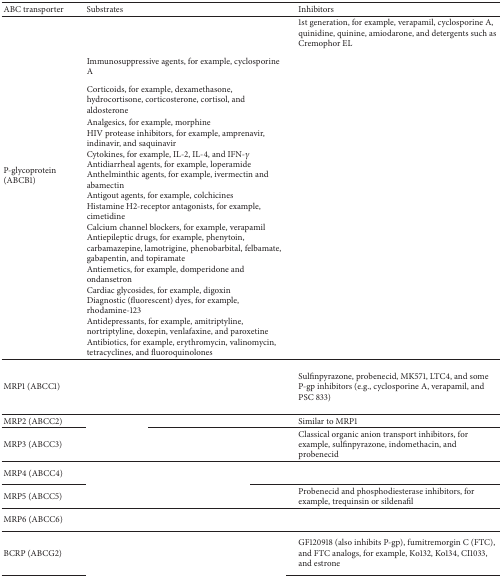
<table><thead><tr><td><b>ABC transporter</b></td><td><b>Substrates</b></td><td><b>Inhibitors</b></td></tr></thead><tbody><tr><td rowspan="4">P-glycoprotein (ABCB1)</td><td>[EMPTY_CELL]</td><td>1st generation, for example, verapamil, cyclosporine A, quinidine, quinine, amiodarone, and detergents such as Cremophor EL </td></tr><tr><td>Immunosuppressive agents, for example, cyclosporine A </td><td>[EMPTY_CELL]</td></tr><tr><td>Corticoids, for example, dexamethasone, hydrocortisone, corticosterone, cortisol, and aldosterone</td><td>[EMPTY_CELL]</td></tr><tr><td>Analgesics, for example, morphine HIV protease inhibitors, for example, amprenavir, indinavir, and saquinavirCytokines, for example, IL-2, IL-4, and IFN-<i>γ</i>Antidiarrheal agents, for example, loperamide Anthelminthic agents, for example, ivermectin and abamectin Antigout agents, for example, colchicines Histamine H2-receptor antagonists, for example, cimetidine Calcium channel blockers, for example, verapamil Antiepileptic drugs, for example, phenytoin, carbamazepine, lamotrigine, phenobarbital, felbamate, gabapentin, and topiramate Antiemetics, for example, domperidone and ondansetron Cardiac glycosides, for example, digoxin Diagnostic (fluorescent) dyes, for example, rhodamine-123 Antidepressants, for example, amitriptyline, nortriptyline, doxepin, venlafaxine, and paroxetine Antibiotics, for example, erythromycin, valinomycin, tetracyclines, and fluoroquinolones </td><td>[EMPTY_CELL]</td></tr><tr><td>MRP1 (ABCC1)</td><td>[EMPTY_CELL]</td><td>Sulfinpyrazone, probenecid, MK571, LTC4, and some P-gp inhibitors (e.g., cyclosporine A, verapamil, and PSC 833)</td></tr><tr><td>MRP2 (ABCC2)</td><td>[EMPTY_CELL]</td><td>Similar to MRP1 </td></tr><tr><td>MRP3 (ABCC3)</td><td>[EMPTY_CELL]</td><td>Classical organic anion transport inhibitors, for example, sulfinpyrazone, indomethacin, and probenecid</td></tr><tr><td>MRP4 (ABCC4)</td><td>[EMPTY_CELL]</td><td>[EMPTY_CELL]</td></tr><tr><td>MRP5 (ABCC5)</td><td>[EMPTY_CELL]</td><td>Probenecid and phosphodiesterase inhibitors, for example, trequinsin or sildenafil</td></tr><tr><td>MRP6 (ABCC6)</td><td>[EMPTY_CELL]</td><td>[EMPTY_CELL]</td></tr><tr><td>BCRP (ABCG2)</td><td>[EMPTY_CELL]</td><td>GF120918 (also inhibits P-gp), fumitremorgin C (FTC), and FTC analogs, for example, Ko132, Ko134, CI1033, and estrone</td></tr></tbody></table>